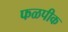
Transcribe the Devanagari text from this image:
फळपीक